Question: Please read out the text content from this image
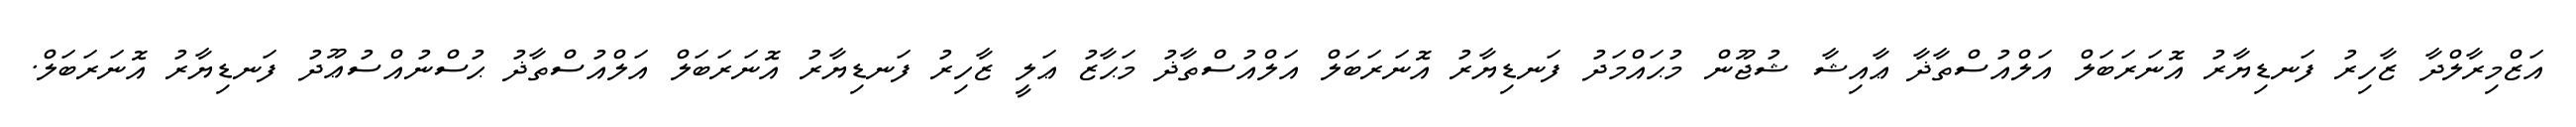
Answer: އަޒްމިރާލްދާ ޒާހިރު ފަނޑިޔާރު އޮނަރަބަލް އަލްއުސްތާޛާ ޢާއިޝާ ޝުޖޫން މުޙައްމަދު ފަނޑިޔާރު އޮނަރަބަލް އަލްއުސްތާޛު މަޙާޒު ޢަލީ ޒާހިރު ފަނޑިޔާރު އޮނަރަބަލް އަލްއުސްތާޛު ޙުސްނުއްސުޢޫދު ފަނޑިޔާރު އޮނަރަބަލް.